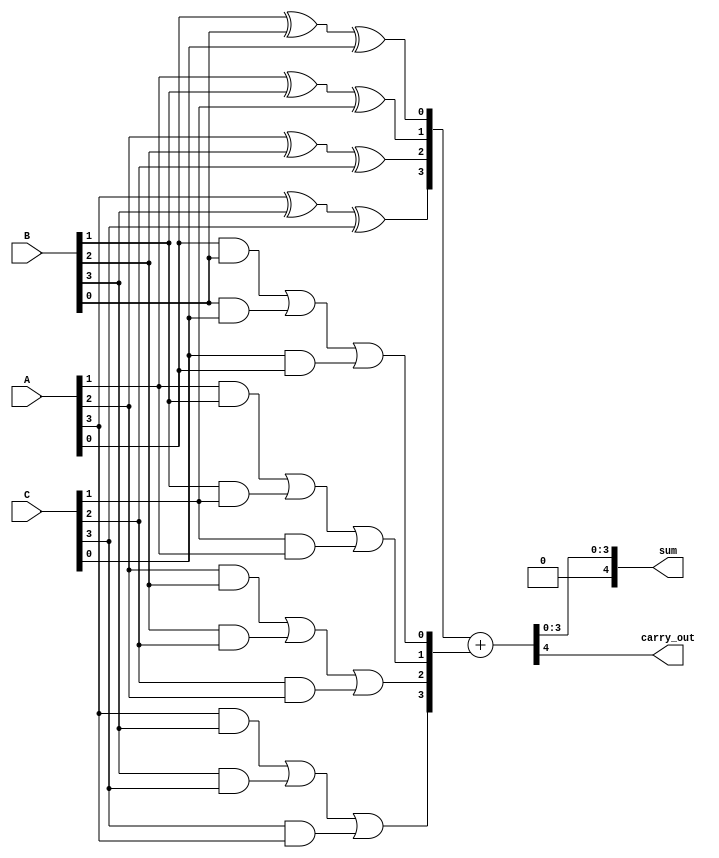
module carry_save_adder (
    input [3:0] A,  // First 4-bit input
    input [3:0] B,  // Second 4-bit input
    input [3:0] C,  // Third 4-bit input
    output [4:0] sum, // Final sum output (5 bits to accommodate carry)
    output carry_out   // Final carry out
);

    wire [3:0] S;   // Intermediate sum outputs
    wire [3:0] C_out; // Intermediate carry outputs

    // Full Adder logic for each bit
    genvar i;
    generate
        for (i = 0; i < 4; i = i + 1) begin : full_adder
            // Sum = A + B + C
            assign S[i] = A[i] ^ B[i] ^ C[i]; // Sum output
            assign C_out[i] = (A[i] & B[i]) | (B[i] & C[i]) | (C[i] & A[i]); // Carry output
        end
    endgenerate

    // Final addition of sum and carry outputs
    wire [4:0] final_sum; // 5-bit to hold the final sum
    wire [4:0] carry_in;  // Carry input for the final addition

    // Prepare carry input for the final stage
    assign carry_in = {1'b0, C_out}; // Extend carry_out to 5 bits

    // Final sum calculation
    assign final_sum = {1'b0, S} + carry_in; // Add intermediate sum and carry

    // Assign outputs
    assign sum = final_sum[3:0]; // 4-bit sum output
    assign carry_out = final_sum[4]; // Final carry out

endmodule